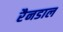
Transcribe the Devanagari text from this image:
रैनडाल